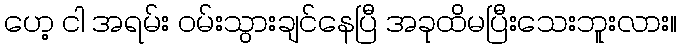
ဟေ့ ငါ အရမ်း ဝမ်းသွားချင်နေပြီ အခုထိမပြီးသေးဘူးလား။